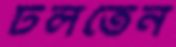
টলতেন